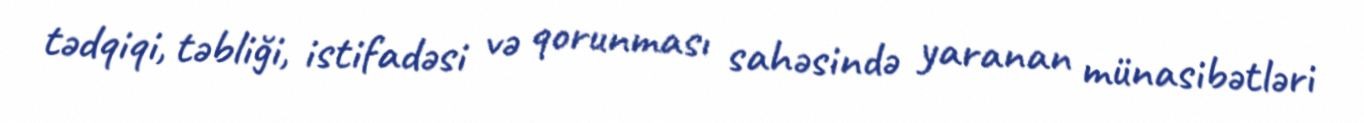
tədqiqi, təbliği, istifadəsi və qorunması sahəsində yaranan münasibətləri